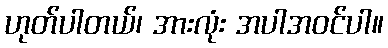
ဟုတ်ပါတယ်၊ အားလုံး အပါအဝင်ပါ။